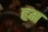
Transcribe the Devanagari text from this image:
हम